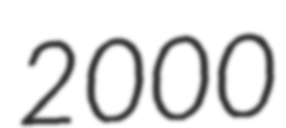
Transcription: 2000